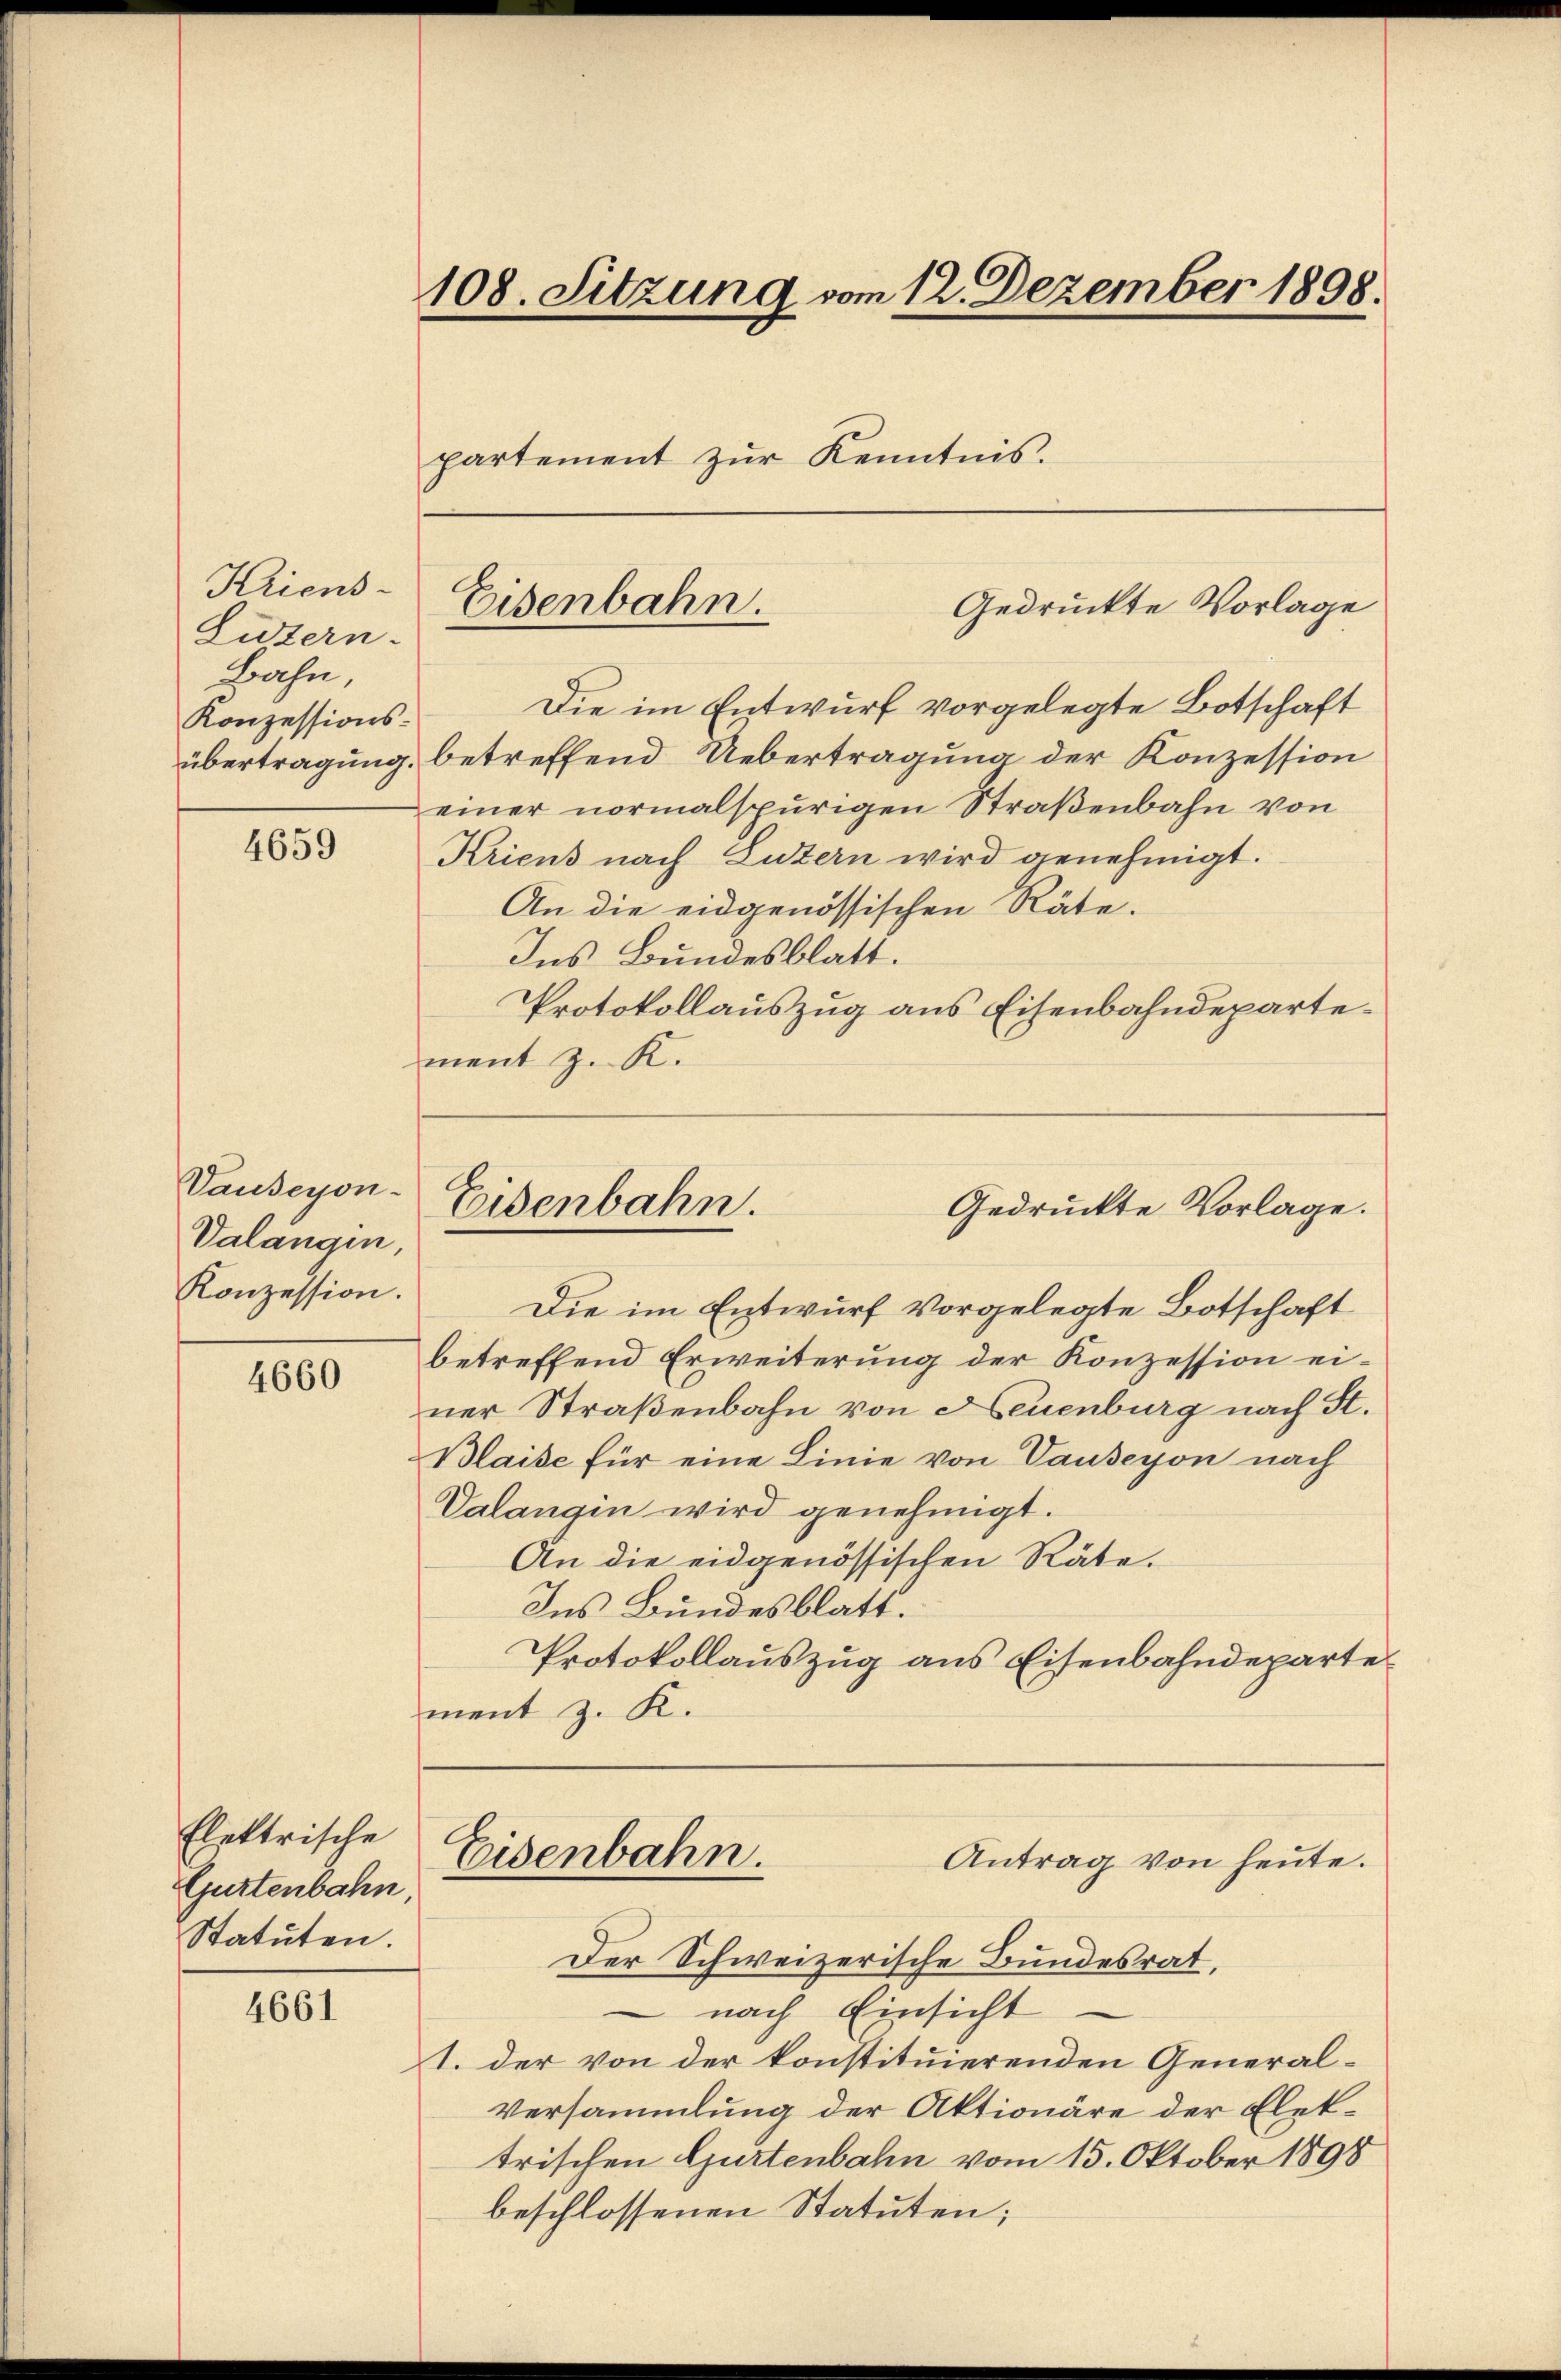
Kriens
Litern.
Bahn,
Konzessions¬

4659

Vauseyon-
Valangen,
Konzession.

4660

Elektrische
Gurtenbahn
Statuten

4661

108. Sitzung vom 12. Dezember 1898.

partement zŭr Kenntnis.

Die im Entwurf vorgelegte Botschaft
übertragung, betreffend Uebertragung der Konzession
einer normalspurigen Straßenbahn von
Kriens nach Luzern wird genehmigt.
An die eidgenössischen Räte.
Ins Bundesblatt.
Protokollauszug aus Eisenbahndepartement z. K.

Gedrückte Vorlage
Eisenbahn.

Eisenbahn.

Gedruckte Vorlage.

Die im Entwurf vorgelegte Botschaft
betreffend Erweiterung der Konzession einer Straßenbahn von Neuenburg nach St.
Blaise für eine Linie von Vauseyon nach
Valangin wird genehmigt.
An die eidgenössischen Räte.
Ins Bundesblatt.
Protokollauszug aus Eisenbahndeparte
ment z. K.
Eisenbahn.
Antrag von heute.
Der Schweizerische Bundesrat,
 nach Einsicht
I. der von der konstituierenden General¬
Versammlung der Aktionäre der Elettrischen Gurtenbahn vom 15. Oktober 1898
beschlossenen Statuten;